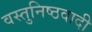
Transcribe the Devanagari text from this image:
वस्तुनिष्ठवादी